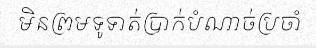
មិនព្រមទូទាត់ប្រាក់បំណាច់ប្រចាំ